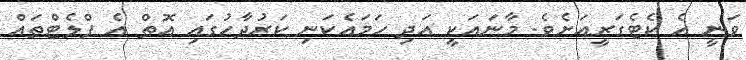
ވަނީ އެ ކެޓެގަރީއަށެވެ. މާނައަކީ އަދި ހަމައެކަނި ކަރުދާހުގައި އޮތް އެ ފްލެޓްތައް